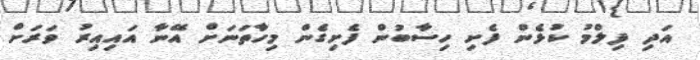
އަދި ފިލްމު ކުޅެން ފެށި ހިސާބުން ފެށިގެން މިހާތަނަށް އޭނާ އައިއިރު ވަރަށް